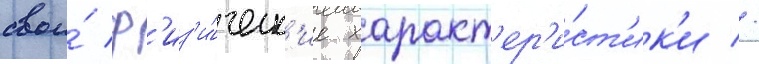
свои́ ф'из'и́ческ'ие характ'ер'и́ст'ик'и //